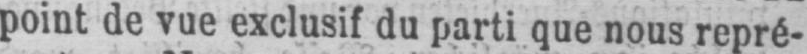
point de vue exclusif du parti que nous repré-